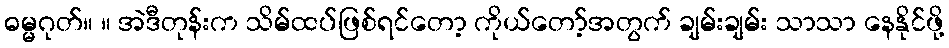
ဓမ္မဂုတ်။ ။ အဲဒီတုန်းက သိမ်ထပ်ဖြစ်ရင်တော့ ကိုယ်တော့်အတွက် ချမ်းချမ်း သာသာ နေနိုင်ဖို့